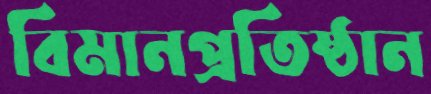
বিমানপ্রতিষ্ঠান